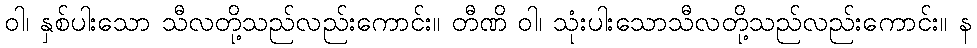
ဝါ၊ နှစ်ပါးသော သီလတို့သည်လည်းကောင်း။ တီဏိ ဝါ၊ သုံးပါးသောသီလတို့သည်လည်းကောင်း။ န